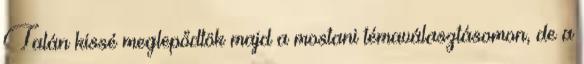
Talán kissé meglepődtök majd a mostani témaválasztásomon, de a